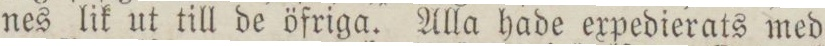
nes lik ut till de öfriga. Alla hade expedierats med